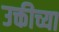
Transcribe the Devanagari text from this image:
उक्तीच्या